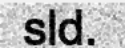
sld.